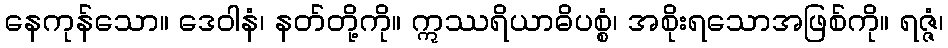
နေကုန်သော။ ဒေဝါနံ၊ နတ်တို့ကို။ ဣဿရိယာဓိပစ္စံ၊ အစိုးရသောအဖြစ်ကို။ ရဇ္ဇံ၊